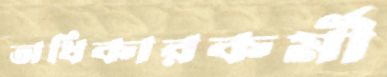
অধিকারকর্মী